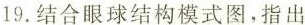
19.结合眼球结构模式图，指出